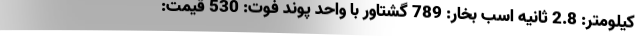
کیلومتر: 2.8 ثانیه اسب بخار: 789 گشتاور با واحد پوند فوت: 530 قیمت: